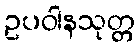
ဥပဝါနသုတ္တ